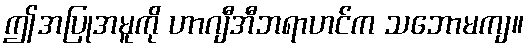
ဤအပြုအမူကို ဟာဂျီအီဘရာဟင်က သဘောမကျ။